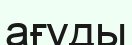
ағуды